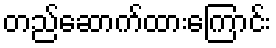
တည်ဆောက်ထားကြောင်း